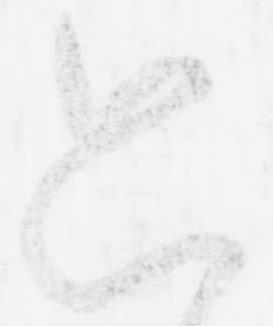
只